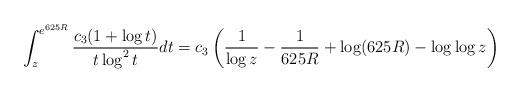
LaTeX: \begin{align*}\int_{z}^{e^{625R}} \frac{c_3(1+\log t)}{t\log^2 t}dt=c_3\left(\frac{1}{\log z}-\frac{1}{625R}+\log (625R)-\log\log z\right)\end{align*}